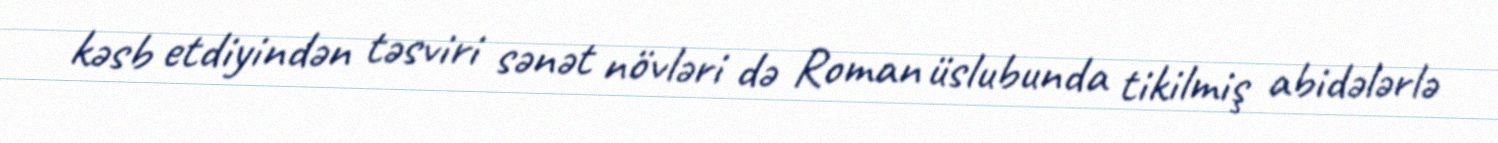
kəsb etdiyindən təsviri sənət növləri də Roman üslubunda tikilmiş abidələrlə